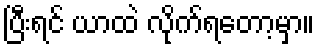
ပြီးရင် ယာထဲ လိုက်ရတော့မှာ။